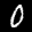
Label: 0